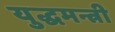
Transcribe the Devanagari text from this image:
युद्धमन्त्री